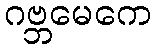
ဂဗ္ဘမေကေ